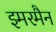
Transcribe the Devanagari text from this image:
इमरमैन